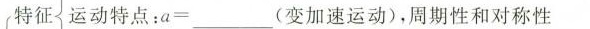
特征运动特点；$$a = ___$$(变加速运动)，周期性和对称性